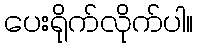
ပေးရိုက်လိုက်ပါ။